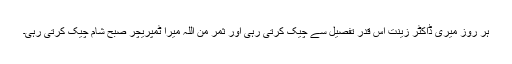
ہر روز میری ڈاکٹر زینت اس قدر تفصیل سے چیک کرتی رہی اور ثمر من اللہ میرا ٹمپریچر صبح شام چیک کرتی رہی۔